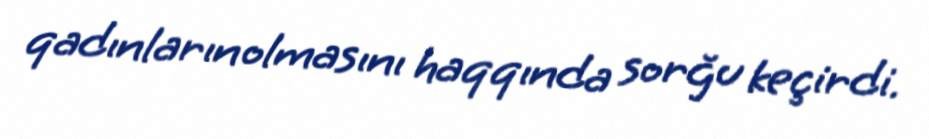
qadınların olmasını haqqında sorğu keçirdi.